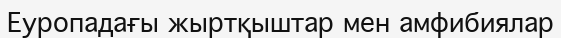
Еуропадағы жыртқыштар мен амфибиялар